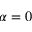
\alpha = 0